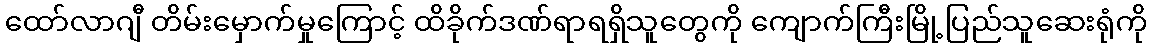
ထော်လာဂျီ တိမ်းမှောက်မှုကြောင့် ထိခိုက်ဒဏ်ရာရရှိသူတွေကို ကျောက်ကြီးမြို့ပြည်သူဆေးရုံကို